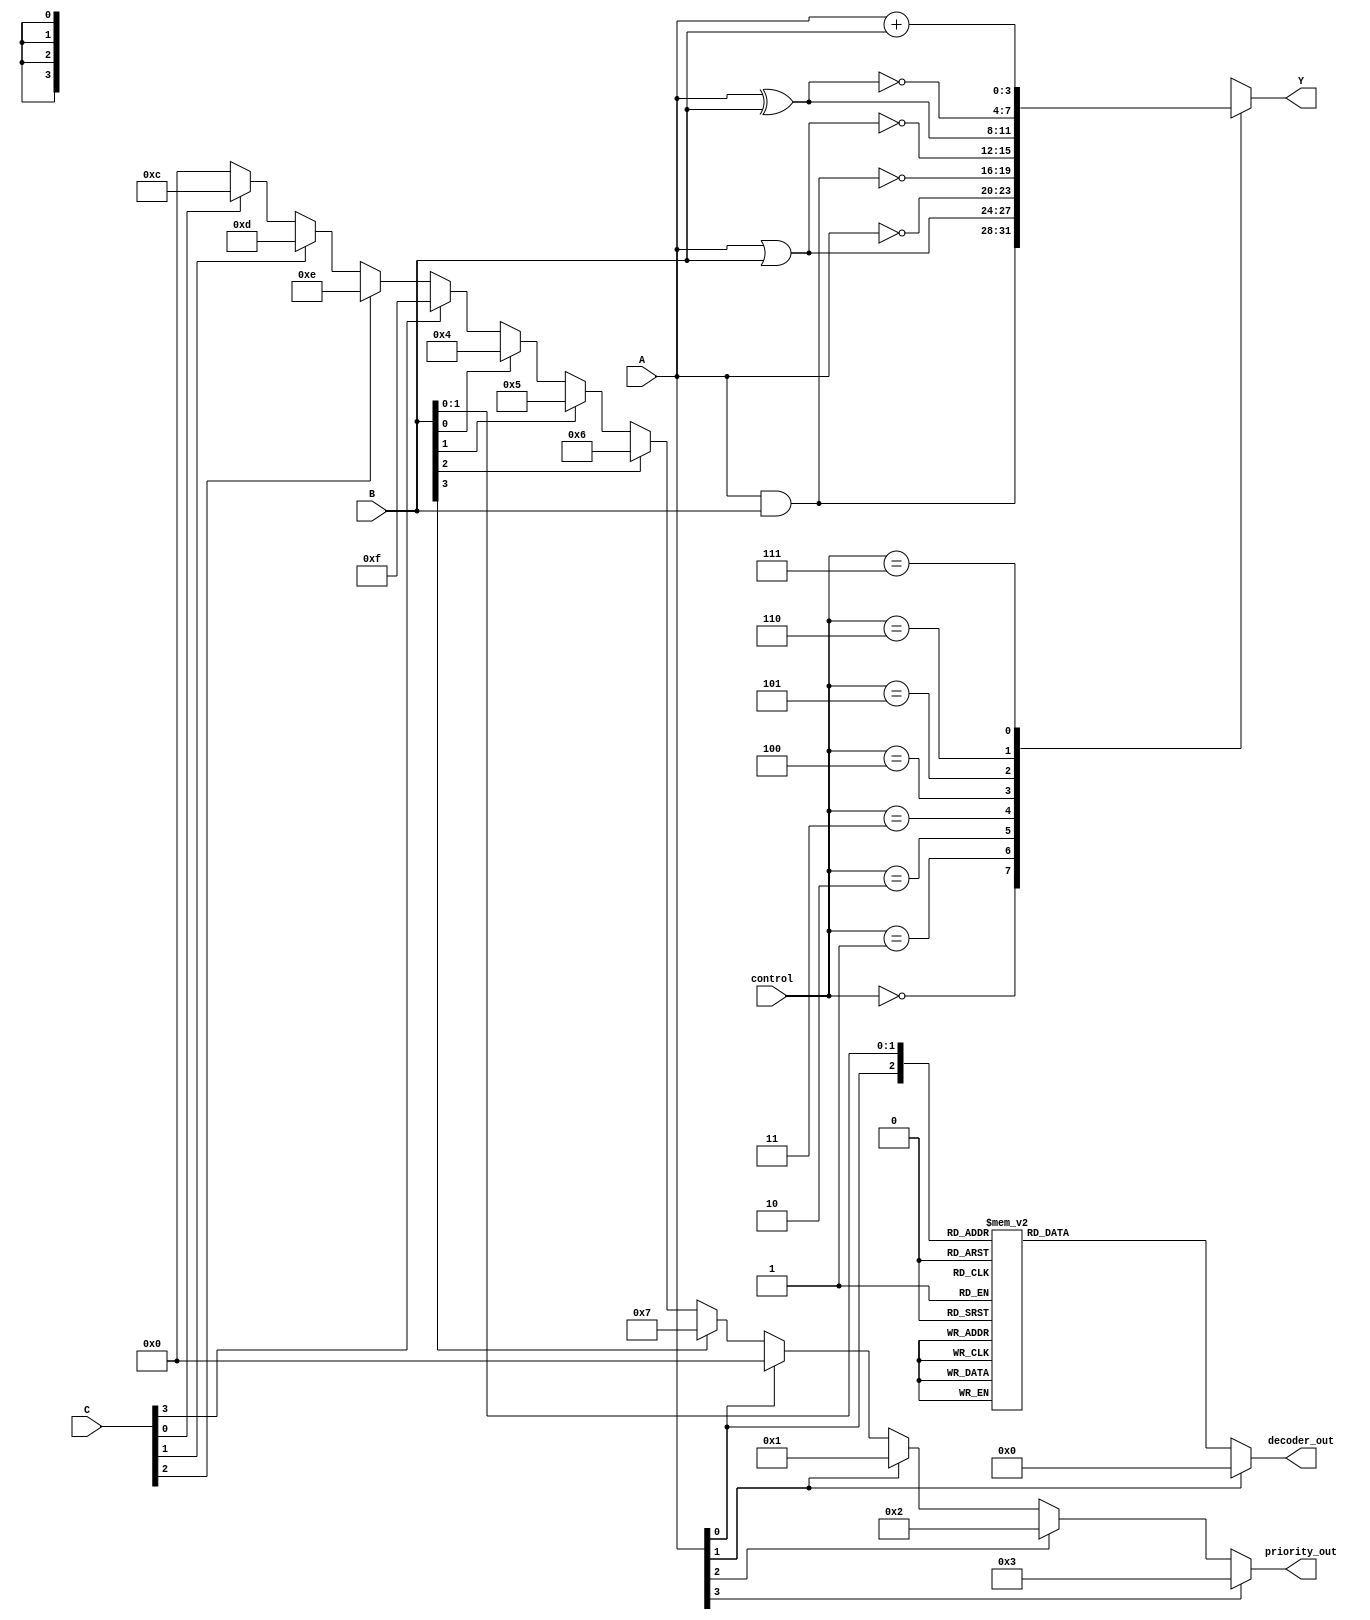
module CombinationalLogicBlock (
    input wire [3:0] A,          // 4-bit input A
    input wire [3:0] B,          // 4-bit input B
    input wire [3:0] C,          // 4-bit input C
    input wire [2:0] control,     // Control signals for selecting operations
    output reg [3:0] Y,           // 4-bit output Y
    output reg [3:0] priority_out, // Priority encoder output
    output reg [7:0] decoder_out   // Decoder output
);

// Logic Operations
always @(*) begin
    case (control)
        3'b000: Y = A & B;          // AND
        3'b001: Y = A | B;          // OR
        3'b010: Y = ~A;             // NOT
        3'b011: Y = ~(A & B);       // NAND
        3'b100: Y = ~(A | B);       // NOR
        3'b101: Y = A ^ B;          // XOR
        3'b110: Y = ~(A ^ B);       // XNOR
        3'b111: Y = A + B;          // ADD (example of a custom operation)
        default: Y = 4'b0000;       // Default case
    endcase
end

// Priority Encoder
always @(*) begin
    priority_out = 4'b0000; // Default output
    if (A[3]) priority_out = 4'b0011; // Highest priority for A[3]
    else if (A[2]) priority_out = 4'b0010;
    else if (A[1]) priority_out = 4'b0001;
    else if (A[0]) priority_out = 4'b0000;
    else if (B[3]) priority_out = 4'b0111; // Next highest for B[3]
    else if (B[2]) priority_out = 4'b0110;
    else if (B[1]) priority_out = 4'b0101;
    else if (B[0]) priority_out = 4'b0100;
    else if (C[3]) priority_out = 4'b1111; // Next highest for C[3]
    else if (C[2]) priority_out = 4'b1110;
    else if (C[1]) priority_out = 4'b1101;
    else if (C[0]) priority_out = 4'b1100;
end

// Decoder
always @(*) begin
    case ({A[1:0], B[1:0]}) // 2-bit input from A and B for a 4-output decoder
        4'b0000: decoder_out = 8'b00000001; // Input 0
        4'b0001: decoder_out = 8'b00000010; // Input 1
        4'b0010: decoder_out = 8'b00000100; // Input 2
        4'b0011: decoder_out = 8'b00001000; // Input 3
        4'b0100: decoder_out = 8'b00010000; // Input 4
        4'b0101: decoder_out = 8'b00100000; // Input 5
        4'b0110: decoder_out = 8'b01000000; // Input 6
        4'b0111: decoder_out = 8'b10000000; // Input 7
        default: decoder_out = 8'b00000000;  // Default case
    endcase
end

endmodule